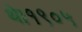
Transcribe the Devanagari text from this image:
थे।१९०५